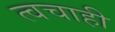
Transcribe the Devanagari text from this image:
त्वचाही